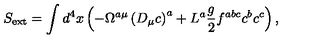
S _ { \mathrm { e x t } } = \int d ^ { 4 } x \left( - \Omega ^ { a \mu } \left( D _ { \mu } c \right) ^ { a } + L ^ { a } \frac { g } { 2 } f ^ { a b c } c ^ { b } c ^ { c } \right) ,